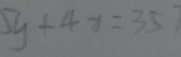
5 y + 4 x = 3 5 7